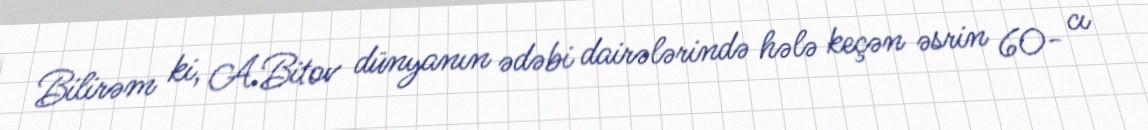
Bilirəm ki, A.Bitov dünyanın ədəbi dairələrində hələ keçən əsrin 60- cı